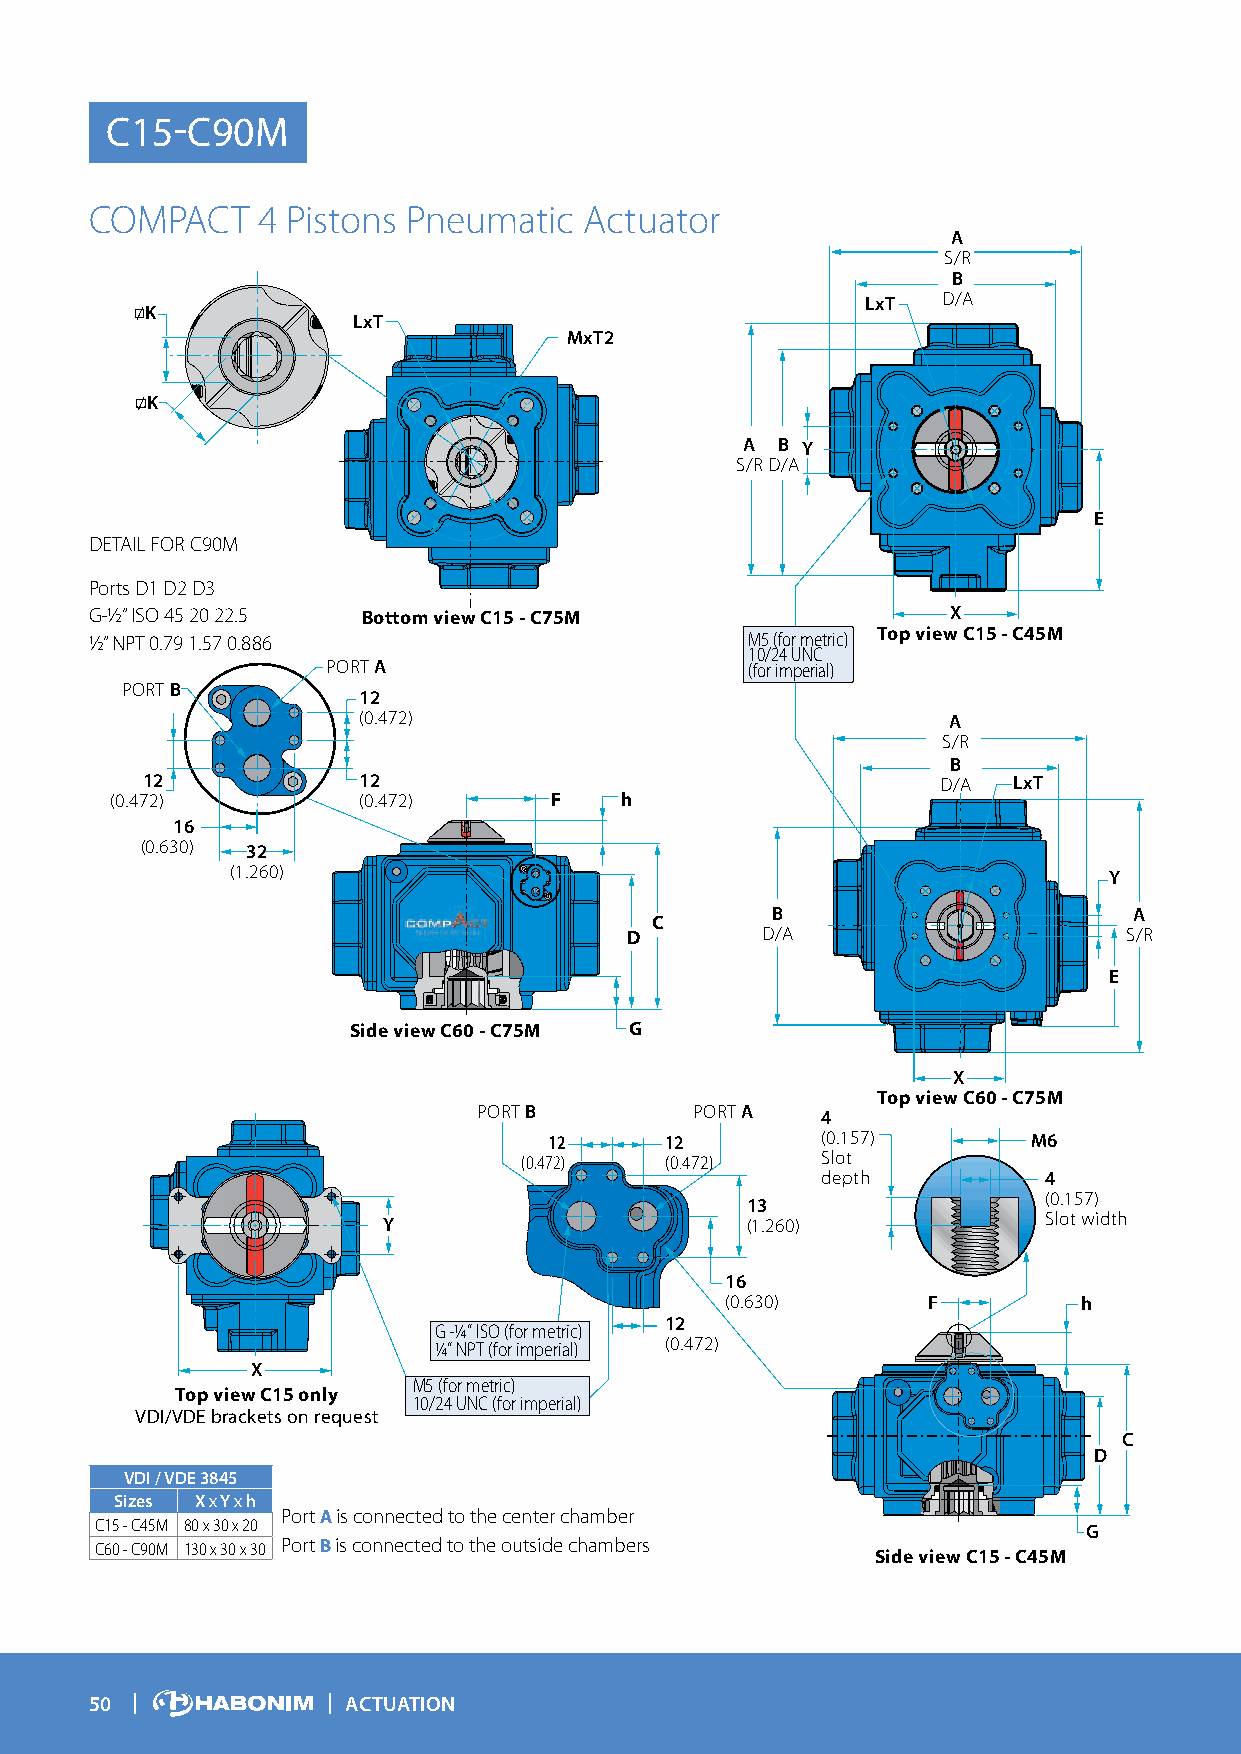
C15-C90M
 COMPACT    4 Pistons Pneumatic   Actuator
 A
 S/R
 B
 LxT  D/A
 K
 LxT
 MxT2
 K
 A B Y
 S/RD/A
 E
 DETAIL FOR C90M
 Ports D1 D2 D3
 G-½” ISO 45 20 22.5 Bottom view C15 - C75M               X
 ½” NPT 0.79 1.57 0.886                      M5 (for metric) Top view C15 - C45M
 10/24 UNC
 PORT A                      (for imperial)
 PORT B
 12
 (0.472)                                A
 S/R
 B
 12             12                                    D/A  LxT
 (0.472)          (0.472)     F    h
 16
 (0.630) 32
 (1.260)
 Y
 B                       A
 C
 D        D/A                      S/R
 E
 Side view C60 - C75M G
 X
 Top view C60 - C75M
 PORT B        PORT A
 4
 12      12        (0.157)       M6
 (0.472)   (0.472)   Slot
 depth          4
 (0.157)
 13
 Y                       (1.260)             Slot width
 16
 (0.630)      F         h
 12
 G -¼” ISO (for metric)
 ¼” NPT (for imperial) (0.472)
 X
 M5 (for metric)
 Top view C15 only
 10/24 UNC (for imperial)
 VDI/VDE brackets on request
 C
 D
 VDI / VDE 3845
 Sizes X x Y x h
 Port A is connected to the center chamber
 C15 - C45M 80 x 30 x 20                                           G
 C60 - C90M 130 x 30 x 30 Port B is connected to the outside chambers
 Side view C15 - C45M
 50               ACTUATION